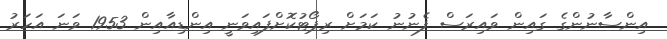
އިންސާނުންގެ ގައިން ވައިރަސް ފެނުނު ކަމަށް ރިޕޯޓުކޮށްފައިވަނީ އިންޑިއާއިން 1953 ވަނަ އަހަރު